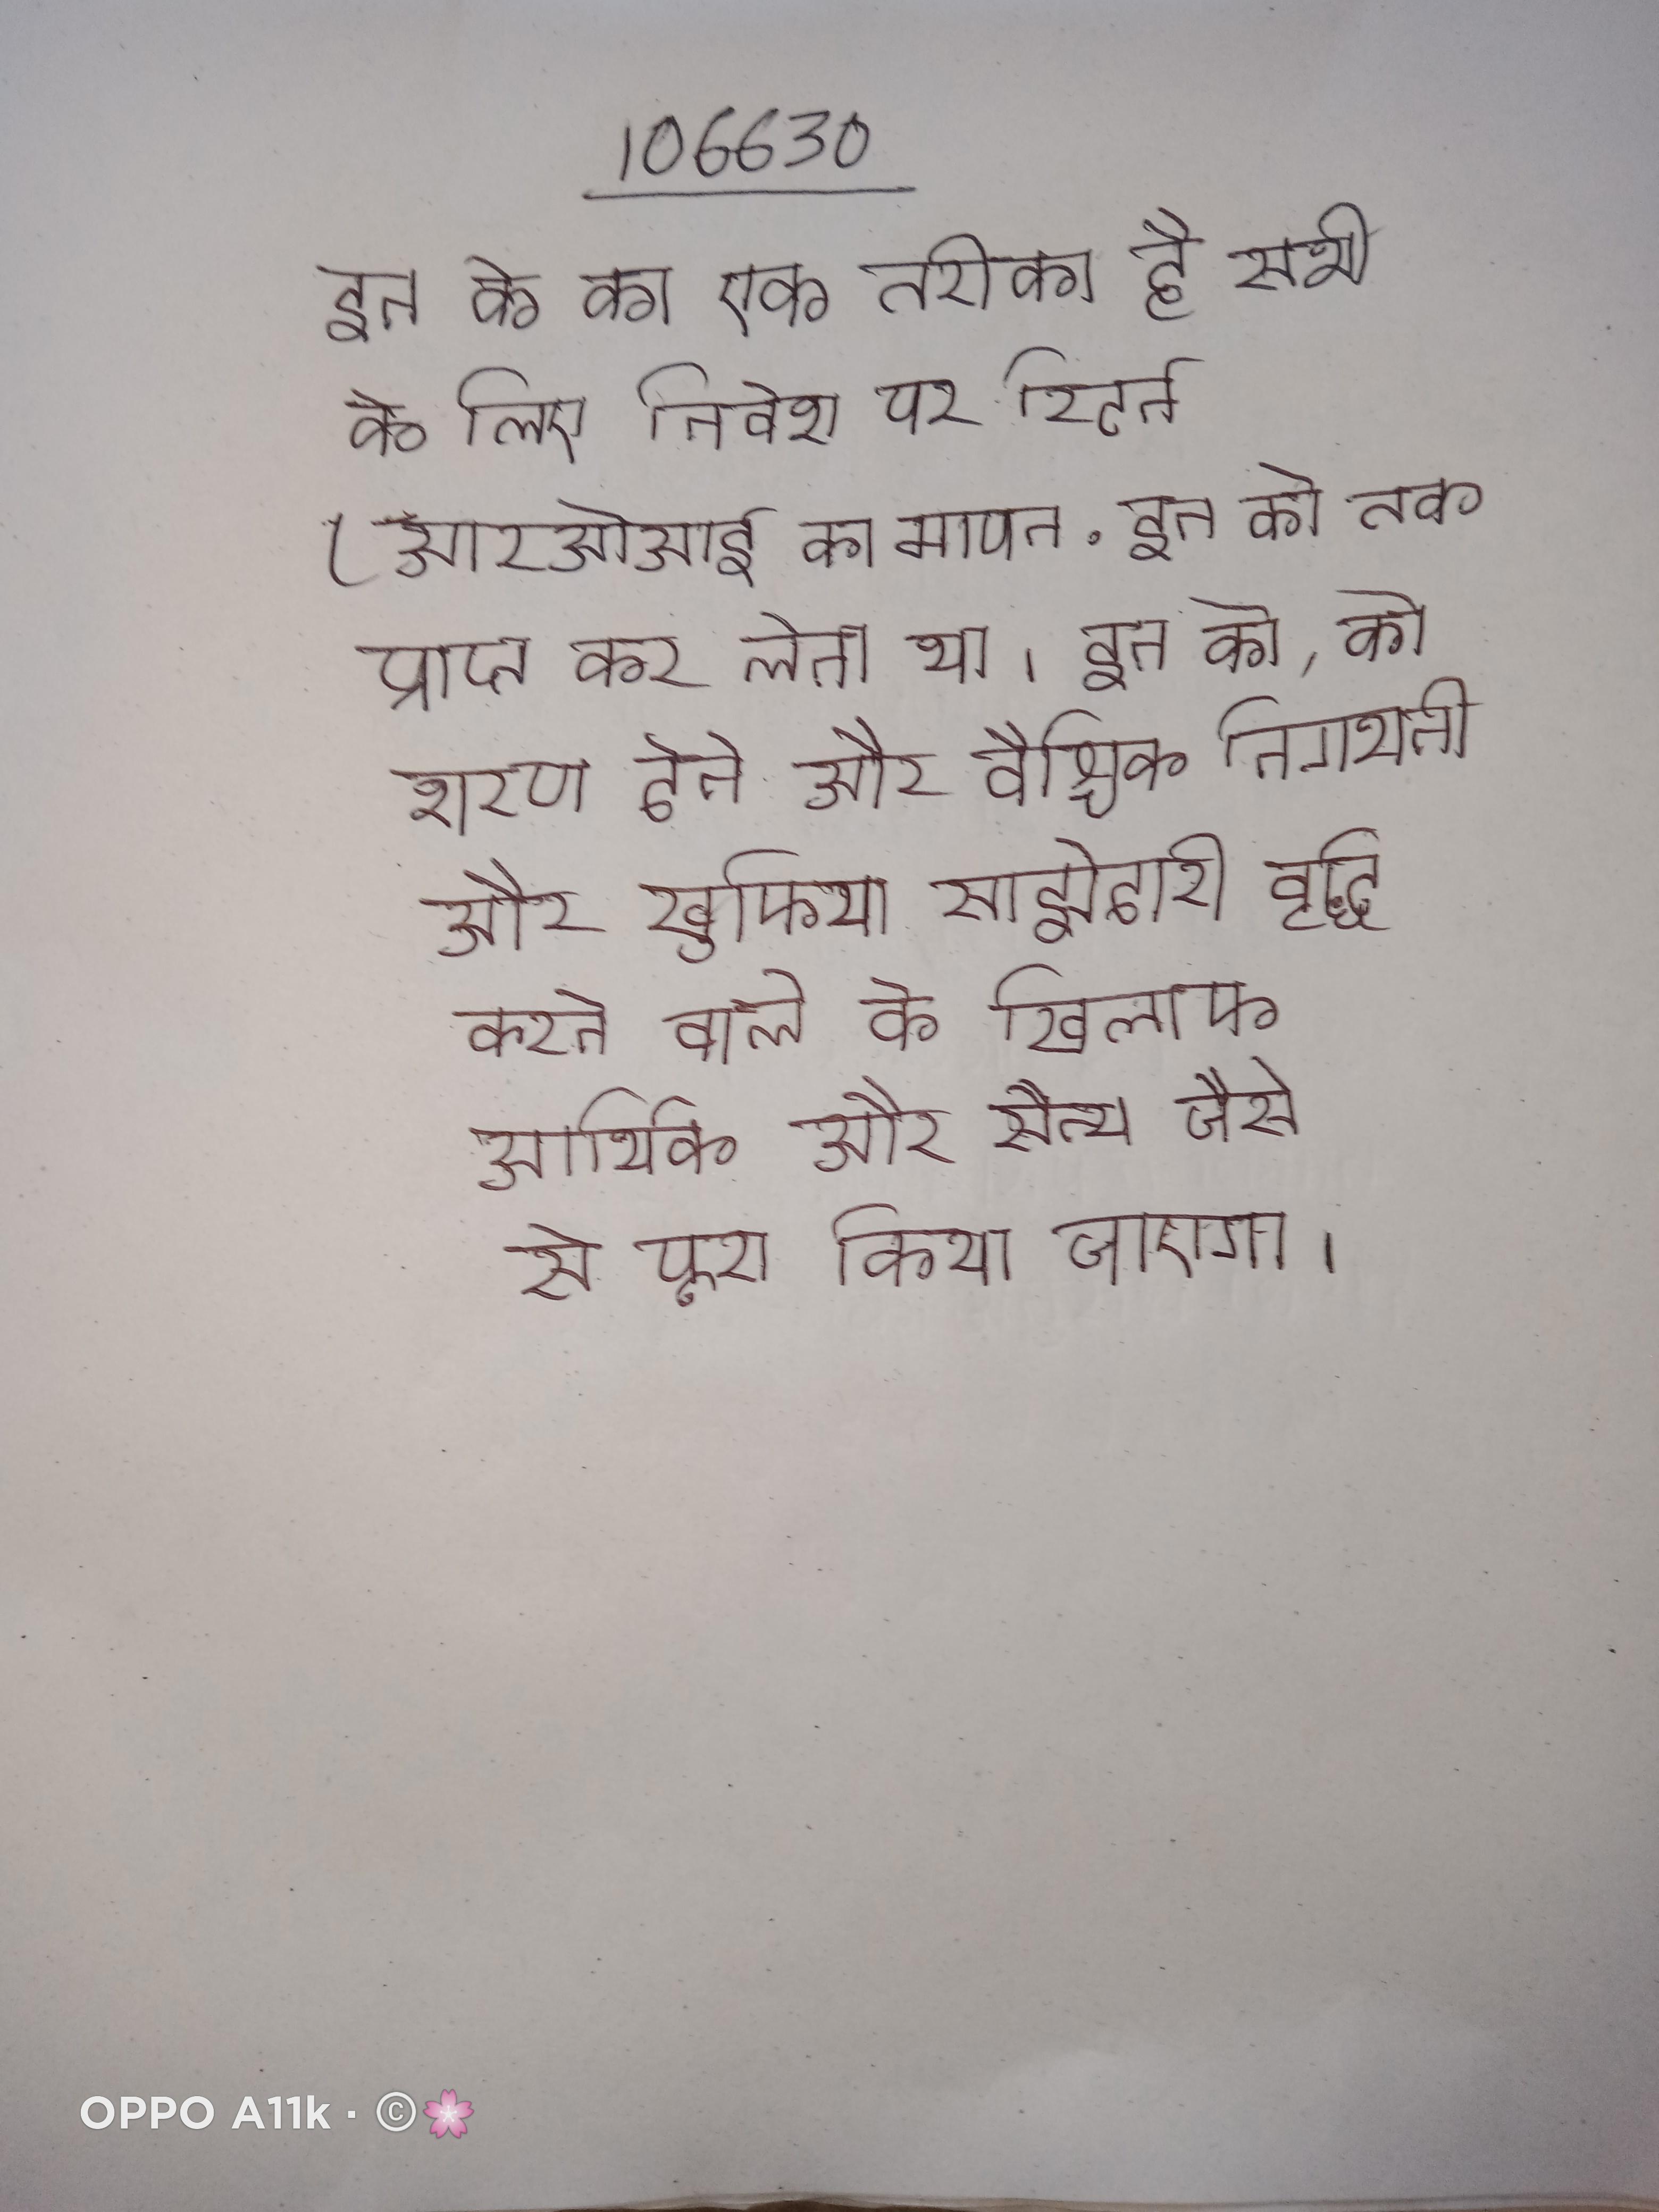
इन के का एक तरीका है सभी के लिए निवेश पर रिटर्न (आरओआई का मापन . इन को तक प्राप्त कर लेना था । इन को, को शरण देने और वैश्विक निगरानी और खुफिया साझेदारी वृद्धि करने वाले के खिलाफ आर्थिक और सैन्य जैसे से पूरा किया जाएगा ।